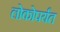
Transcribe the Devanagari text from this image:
लोकोपर्यंत